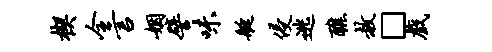
楔全言姻譬味艇侵逃醮赦□戏